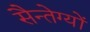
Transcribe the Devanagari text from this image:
सैन्तेग्यों